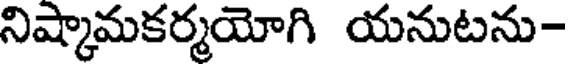
నిష్కామకర్మయోగి యనుటను-